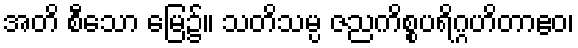
အတိ စီသော မြေ၌။ သတိသမ္ပ ဇညကိစ္စပရိဂ္ဂဟိတာဧဝ၊